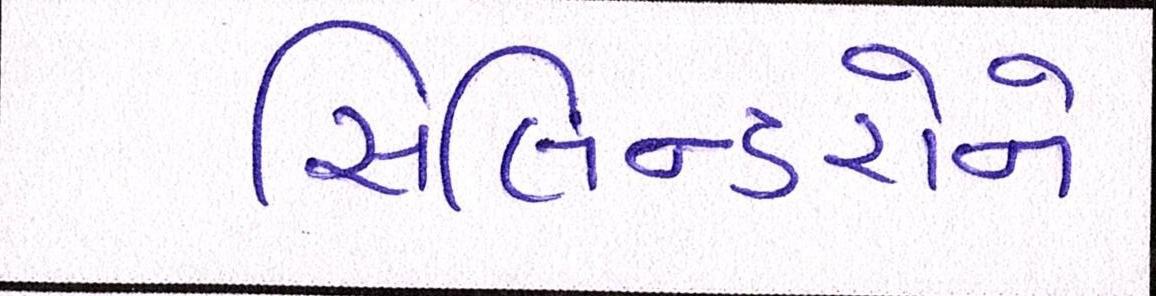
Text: સિલિન્ડરોને